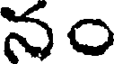
నం